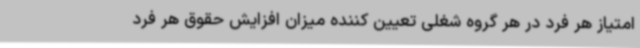
امتیاز هر فرد در هر گروه شغلی تعیین کننده میزان افزایش حقوق هر فرد